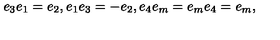
e _ { 3 } e _ { 1 } = e _ { 2 } , e _ { 1 } e _ { 3 } = - e _ { 2 } , e _ { 4 } e _ { m } = e _ { m } e _ { 4 } = e _ { m } ,